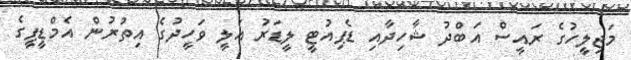
މަޖިލީހުގެ ރައީސް އަބްދު ޝާހިދާއި ޑެޕިއުޓީ ލީޑަރު އަލީ ވަހީދުގެ އިތުރުން އެމްޑީޕީގެ